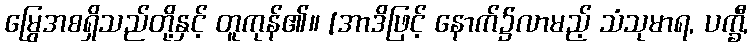
မြွေအစရှိသည်တို့နှင့် တူကုန်၏။ [အာဒိဖြင့် နောက်၌လာမည့် သံသုမာရ, ပက္ခီ,